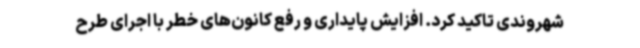
شهروندی تاکید کرد. افزایش پایداری و رفع کانون‌های خطر با اجرای طرح